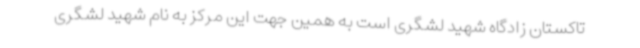
تاکستان زادگاه شهید لشگری است به همین جهت این مرکز به نام شهید لشگری